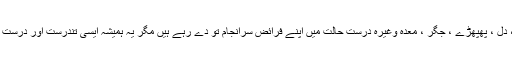
آج ہمارے جسم کے اعضاء مثلاََ گردے ، دل ، پھپھڑے ، جگر ، معدہ وغیرہ درست حالت میں اپنے فرائض سرانجام تو دے رہے ہیں مگر یہ ہمیشہ ایسی تندرست اور درست حالت میں توانا اور فعال نہیں رہیں گے ۔